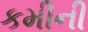
કમીની